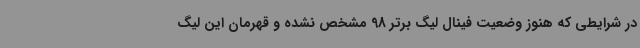
در شرایطی که هنوز وضعیت فینال لیگ برتر 98 مشخص نشده و قهرمان این لیگ